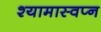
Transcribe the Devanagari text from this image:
श्यामास्वप्न